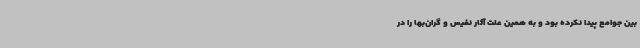
بین جوامع پیدا نکرده بود و به همین علت آثار نفیس و گران‌بها را در